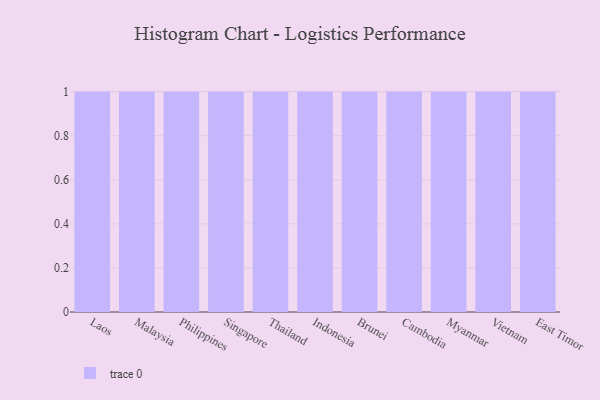
{"axis": {"x": "Country", "y": "Backlog"}, "legend": [""], "data": [{"x": "Laos", "y": 81, "type": ""}, {"x": "Malaysia", "y": 77, "type": ""}, {"x": "Philippines", "y": 77, "type": ""}, {"x": "Singapore", "y": 99, "type": ""}, {"x": "Thailand", "y": 79, "type": ""}, {"x": "Indonesia", "y": 35, "type": ""}, {"x": "Brunei", "y": 9, "type": ""}, {"x": "Cambodia", "y": 40, "type": ""}, {"x": "Myanmar", "y": 94, "type": ""}, {"x": "Vietnam", "y": 9, "type": ""}, {"x": "East Timor", "y": 42, "type": ""}]}